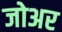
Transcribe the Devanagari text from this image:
जोअर